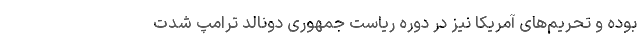
بوده و تحریم‌های آمریکا نیز در دوره ریاست جمهوری دونالد ترامپ شدت